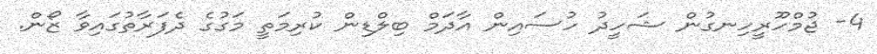
4- ޖުމްހޫރީހިނގުން ޝަހީދު ހުސައިން އާދަމް ބިލްޑިން ކުރިމަތީ މަގުގެ ދެފަރާތުގައިވާ ޒޯން.